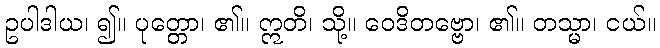
ဥပါဒါယ၊ ၍။ ပုတ္တော၊ ၏။ ဣတိ၊ သို့။ ဝေဒိတဗ္ဗော၊ ၏။ တသ္မာ၊ ငယ်။